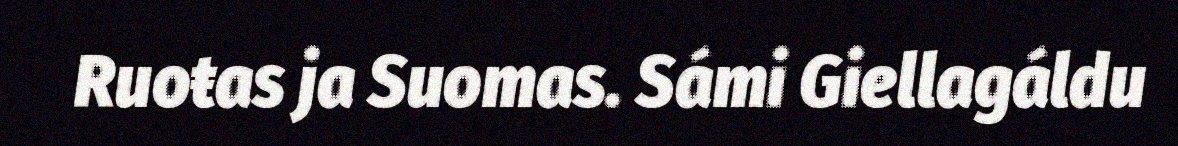
Ruoŧas ja Suomas. Sámi Giellagáldu